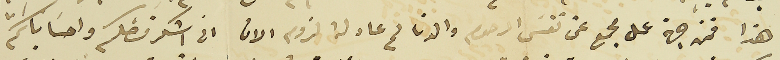
هذا فمن جهة عمل مجمع عن نفسَ المرحوم والدنا لم عاد لهُ لزوم الان انى اشكر فضلكم واحسَاناتكم